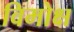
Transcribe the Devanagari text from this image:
विमोक्ष